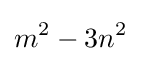
m^{2}-3n^{2}